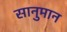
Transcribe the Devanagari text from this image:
सानुमान